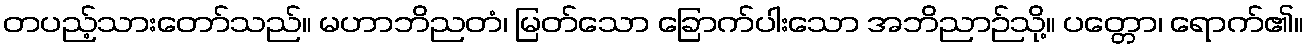
တပည့်သားတော်သည်။ မဟာဘိညတံ၊ မြတ်သော ခြောက်ပါးသော အဘိညာဉ်သို့။ ပတ္တော၊ ရောက်၏။